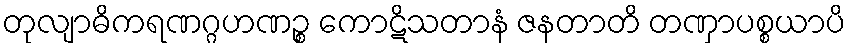
တုလျာဓိကရဏဂ္ဂဟဏဉ္စ ကောဋိသတာနံ ဇနတာတိ တဏှာပစ္စယာပိ